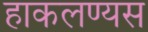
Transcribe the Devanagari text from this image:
हाकलण्यस